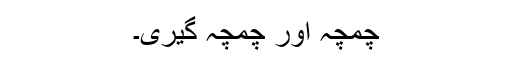
چمچہ اور چمچہ گیری۔